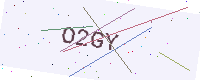
Text: O2GY